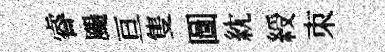
睿颺亘隻圖紞綬朿